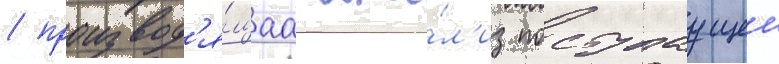
/ производ'я́щаа ана́л'из поступаущеи